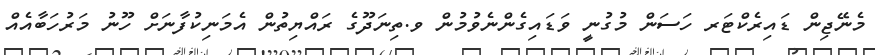
މެނޭޖިން ޑައިރެކްޓަރ ހަސަން މުގުނީ ވަޑައިގެންނެވުމުން ވ.ތިނަދޫގެ ރައްޔިތުން އެމަނިކުފާނަށް ހޫނު މަރުހަބާއެއް